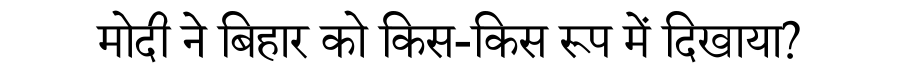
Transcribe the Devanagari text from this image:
मोदी ने बिहार को किस-किस रूप में दिखाया?